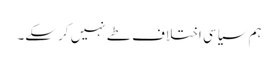
ہم سیاسی اختلاف طے نہیں کر سکے۔